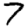
Digit: 7